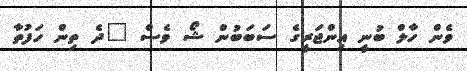
ވެން ހާލް ބުނީ އިންޖަރީގެ ސަބަބުން ޝޯ ވެސް "ދެ ތިން ހަފުތާ